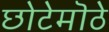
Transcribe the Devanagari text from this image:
छोटेमॊठे